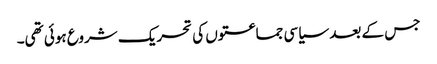
جس کے بعد سیاسی جماعتوں کی تحریک شروع ہوئی تھی۔